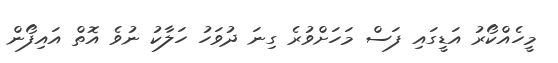
މީހެއްކޯރު އަޑީގައި ފަސް މަހަށްވުރެ ގިނަ ދުވަހު ހަލާކު ނުވެ އޮތް އައިފޯން